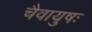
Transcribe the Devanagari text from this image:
चैवायुषः